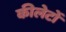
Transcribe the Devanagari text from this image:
कीलेटों